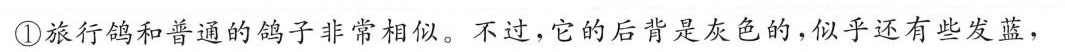
旅行鸽和普通鸽子非常相似。不过，它的后背是灰色的，似乎还有些发蓝，